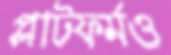
প্লাটফর্মও